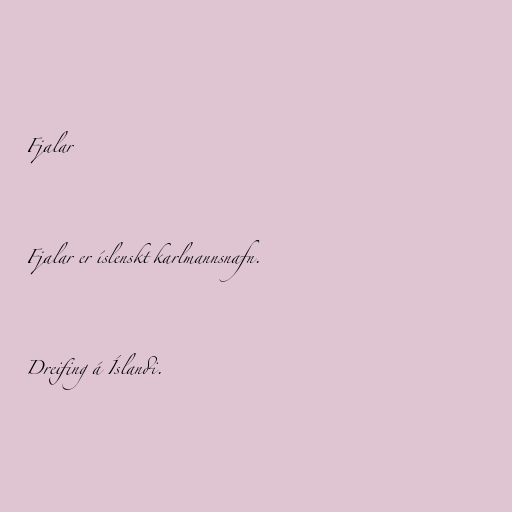
Fjalar

Fjalar er íslenskt karlmannsnafn.

Dreifing á Íslandi.